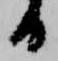
日